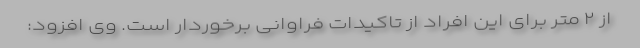
از ۲ متر برای این افراد از تاکیدات فراوانی برخوردار است. وی افزود: